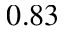
0 . 8 3